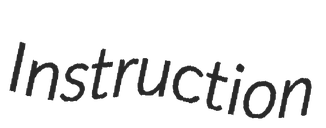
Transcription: Instruction